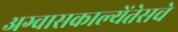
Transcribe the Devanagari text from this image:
अग्वासकाल्येंतेसचे